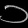
Digit: ၁